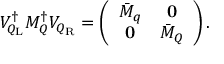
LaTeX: { \cal V } _ { { \cal Q } _ { \mathrm { L } } } ^ { \dagger } { \cal M } _ { \cal Q } ^ { \dagger } { \cal V } _ { { \cal Q } _ { \mathrm { R } } } = \left( \begin{array} { c c } { { { \bar { M } } _ { q } } } & { { { \bf 0 } } } \\ { { { \bf 0 } } } & { { { \bar { M } } _ { Q } } } \end{array} \right) .